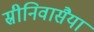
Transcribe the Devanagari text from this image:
स्रीनिवासैया